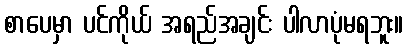
စာပေမှာ ပင်ကိုယ် အရည်အချင်း ပါလာပုံမရဘူး။